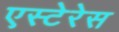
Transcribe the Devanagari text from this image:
एस्टेरेस